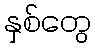
နှစ်တွေ